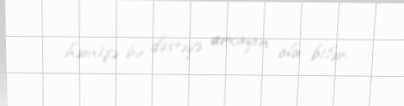
həmişə bu dəstəyə arxayın ola bilər.